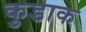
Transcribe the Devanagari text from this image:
कुडाक